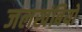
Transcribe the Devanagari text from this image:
जलखंबियों